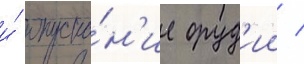
и́ опуска́н'ие оруд'ии /